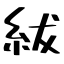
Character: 紱